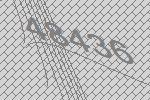
48436